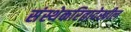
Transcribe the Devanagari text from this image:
संस्थेकरितादेखील